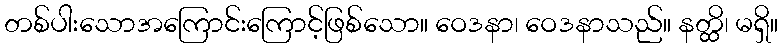
တစ်ပါးသောအကြောင်းကြောင့်ဖြစ်သော။ ဝေဒနာ၊ ဝေဒနာသည်။ နတ္ထိ၊ မရှိ။